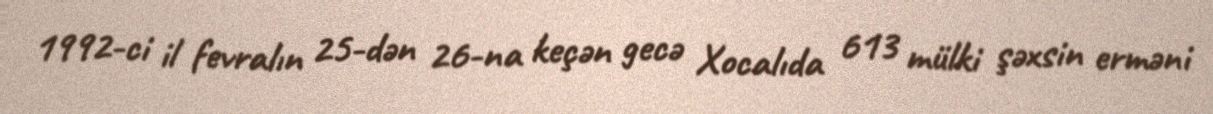
1992-ci il fevralın 25-dən 26-na keçən gecə Xocalıda 613 mülki şəxsin erməni